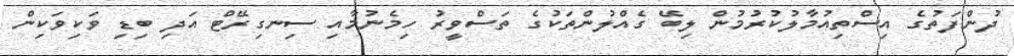
ދުންފަތުގެ އިސްތިއުމާލުކުރުމުން ލިބޭ ގެއްލުންތަކުގެ ތަސްވީރު ހިމެނުމާއި ސިނގިރޭޓް އަދި ބިޑި ވަކިވަކިން